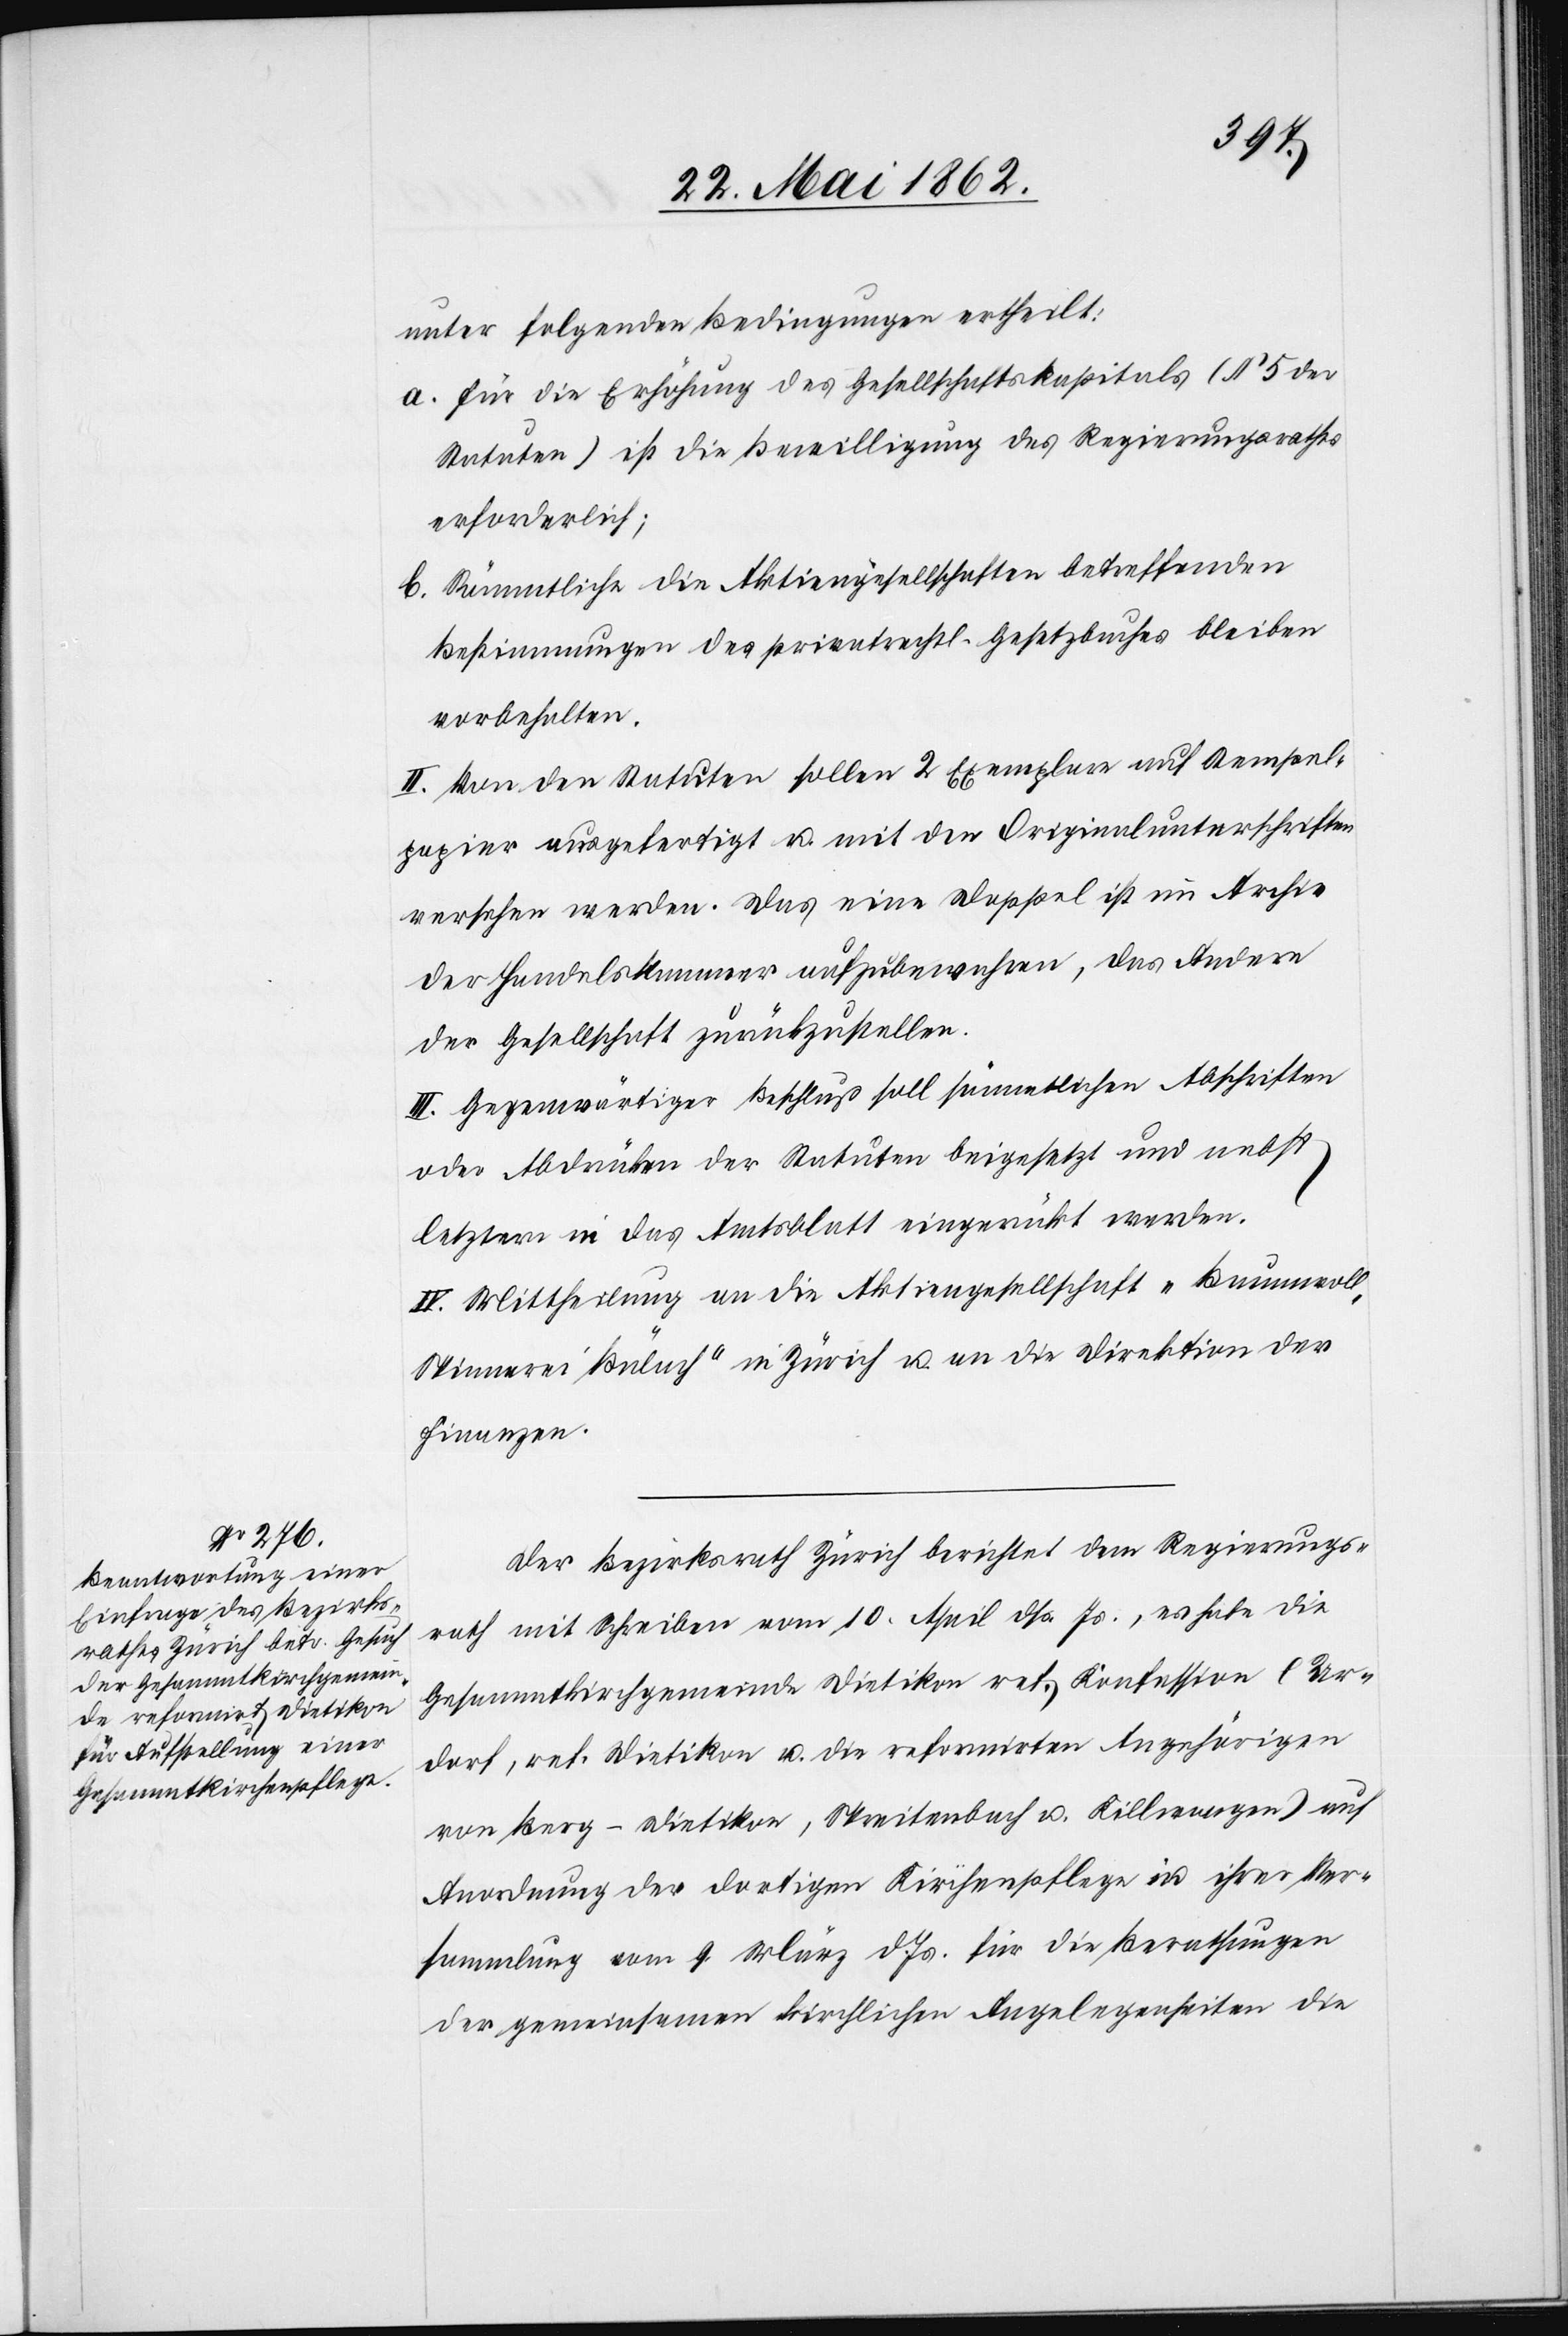
unter folgenden Bedingungen ertheilt:
a. Für die Erhöhung des Gesellschaftskapitals (§ 5 der
Statuten) ist die Bewilligung des Regierungsrathes
erforderlich;
b. Sämmtliche die Aktiengesellschaften betreffenden
Bestimmungen des privatrechtl. Gesetzbuches bleiben
vorbehalten.
II. Von den Statuten sollen 2 Exemplare auf Stempel¬
papier ausgefertigt u. mit den Originalunterschriften
versehen werden. Das eine Doppel ist im Archiv
der Handelskammer aufzubewahren, das Andere
der Gesellschaft zurückzustellen.
III. Gegenwärtiger Beschluß soll sämmtlichen Abschriften
oder Abdrücken der Statuten beigesetzt und nebst
letztern in das Amtsblatt eingerückt werden.
IV. Mittheilung an die Aktiengesellschaft „Baumwolle¬
nspinnerei Bülach“ in Zürich u. an die Direktion der
Finanzen.
Der Bezirksrath Zürich berichtet dem Regierungs¬
rath mit Schreiben vom 10. April dß. Js., es habe die
Gesammtkirchengemeinde Dietikon ref. Konfession (Ur¬
dorf, ref. Dietikon u. die reformirten Angehörigen
von Berg-Dietikon, Spreitenbach u. Killwangen) auf
Anordnung der dortigen Kirchenpflege in ihrer Ver¬
sammlung vom 9. März d. Js. für die Berathungen
der gemeinsamen kirchlichen Angelegenheiten die